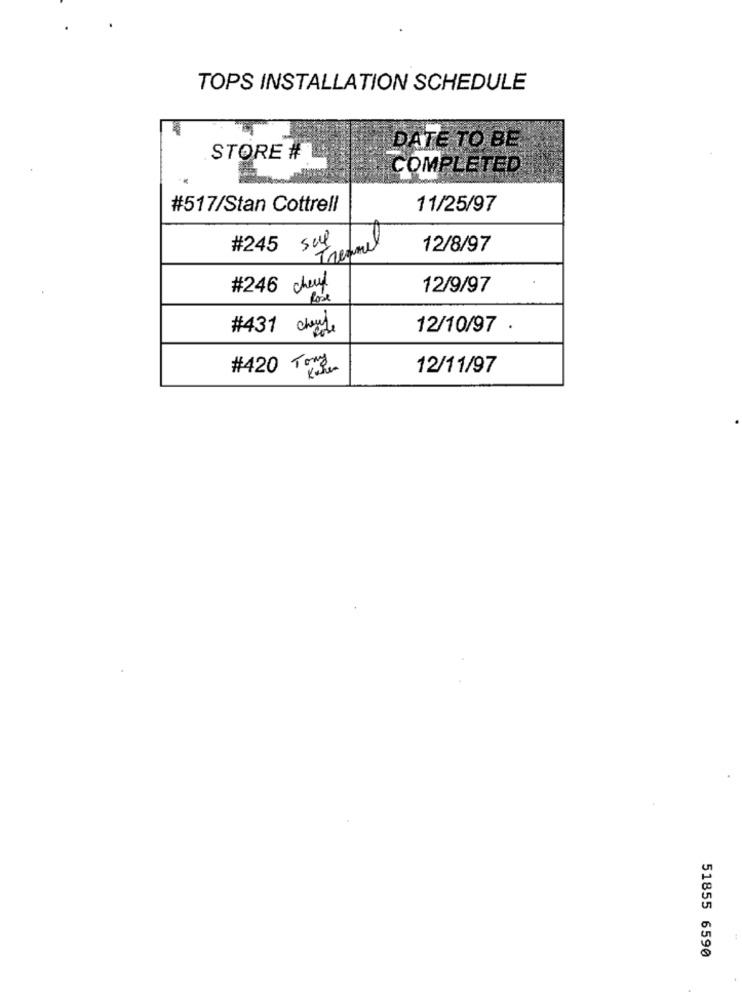
TOPS INSTALLATION SCHEDULE
DATE TO BE
STORE #
COMPLETED
#517/Stan Cottrell
11/25/97
#245 sul
Tremmel
12/8/97
#246 chef
12/9/97
Rose
#431 chwy,
12/10/97 .
#420 Tomg
12/11/97
51855 6590